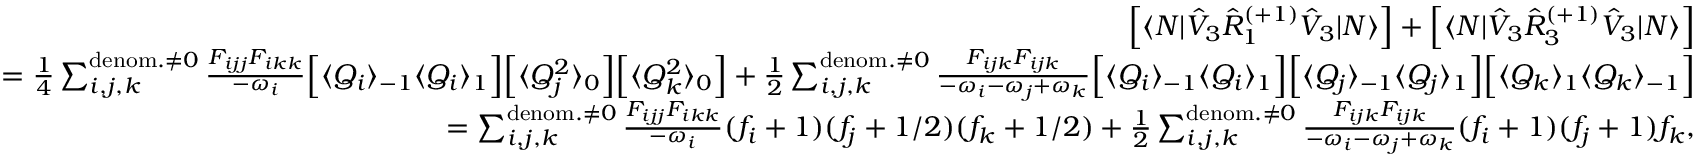
\begin{array} { r l r } & { } & { \left[ \langle N | \hat { V } _ { 3 } \hat { R } _ { 1 } ^ { ( + 1 ) } \hat { V } _ { 3 } | N \rangle \right] + \left[ \langle N | \hat { V } _ { 3 } \hat { R } _ { 3 } ^ { ( + 1 ) } \hat { V } _ { 3 } | N \rangle \right] } \\ & { } & { = \frac { 1 } { 4 } \sum _ { i , j , k } ^ { { \mathrm { d e n o m . } \neq 0 } } \frac { { F } _ { i j j } { F } _ { i k k } } { - \omega _ { i } } \Big [ \langle Q _ { i } \rangle _ { - 1 } \langle Q _ { i } \rangle _ { 1 } \Big ] \Big [ \langle Q _ { j } ^ { 2 } \rangle _ { 0 } \Big ] \Big [ \langle Q _ { k } ^ { 2 } \rangle _ { 0 } \Big ] + \frac { 1 } { 2 } \sum _ { i , j , k } ^ { \mathrm { d e n o m . } \neq 0 } \frac { { F } _ { i j k } { F } _ { i j k } } { - \omega _ { i } - \omega _ { j } + \omega _ { k } } \Big [ \langle Q _ { i } \rangle _ { - 1 } \langle Q _ { i } \rangle _ { 1 } \Big ] \Big [ \langle Q _ { j } \rangle _ { - 1 } \langle Q _ { j } \rangle _ { 1 } \Big ] \Big [ \langle Q _ { k } \rangle _ { 1 } \langle Q _ { k } \rangle _ { - 1 } \Big ] } \\ & { } & { = \sum _ { i , j , k } ^ { { \mathrm { d e n o m . } \neq 0 } } \frac { { F } _ { i j j } { F } _ { i k k } } { - \omega _ { i } } ( f _ { i } + 1 ) ( f _ { j } + 1 / 2 ) ( f _ { k } + 1 / 2 ) + \frac { 1 } { 2 } \sum _ { i , j , k } ^ { \mathrm { d e n o m . } \neq 0 } \frac { { F } _ { i j k } { F } _ { i j k } } { - \omega _ { i } - \omega _ { j } + \omega _ { k } } ( f _ { i } + 1 ) ( f _ { j } + 1 ) f _ { k } , } \end{array}